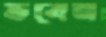
ভবেন